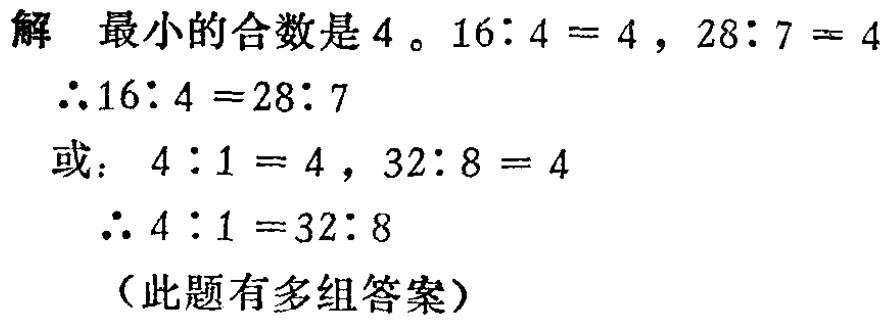
解 最小的合数是 \(4\)。\(16:4 = 4\)，\(28:7 = 4\)

\(\therefore 16:4 = 28:7\)

或：\(4:1 = 4\)，\(32:8 = 4\)

\(\therefore 4:1 = 32:8\)

（此题有多组答案）